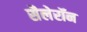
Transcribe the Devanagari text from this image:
सैलेरॉन